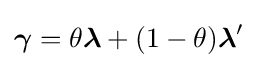
{\boldsymbol {\gamma }}=\theta {\boldsymbol {\lambda }}+(1-\theta ){\boldsymbol {\lambda }}'